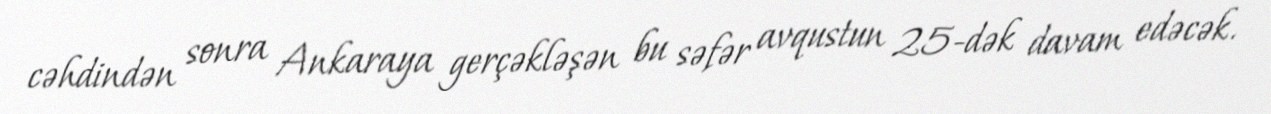
cəhdindən sonra Ankaraya gerçəkləşən bu səfər avqustun 25-dək davam edəcək.